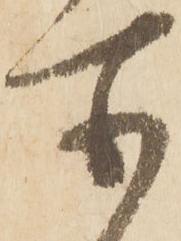
所